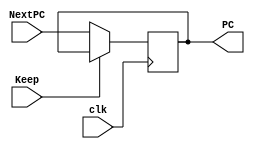
module PC_count(
input clk,
input Keep,
input [31:0]NextPC,
output reg [31:0]PC
);
initial
begin  
PC=0;
end 
always @(negedge clk)
begin 
  if (Keep) PC<=PC;
  else PC<=NextPC;
end 
endmodule